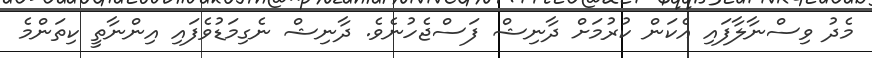
މެދު ވިސްނާލާފައި އެކަން ކުރުމަށް ދާނިޝް ފަސްޖެހުނެވެ. ދާނިޝް ނެގިމަޑުވެފައި އިންނާތީ ކިތަންމެ